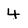
Character: 4